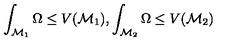
\int _ { \mathcal { M } _ { 1 } } \Omega \le V ( \mathcal { M } _ { 1 } ) , \int _ { \mathcal { M } _ { 2 } } \Omega \le V ( \mathcal { M } _ { 2 } )